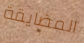
المضايقة